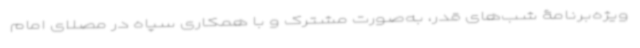
ویژه‌برنامۀ شب‌های قدر، به‌صورت مشترک و با همکاری سپاه در مصلای امام